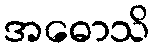
အဓောသိ